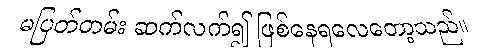
မပြတ်တမ်း ဆက်လက်၍ ဖြစ်နေရလေတော့သည်။